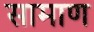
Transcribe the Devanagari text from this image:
सामाण